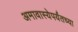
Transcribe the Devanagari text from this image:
अमावास्येपर्यंतच्या